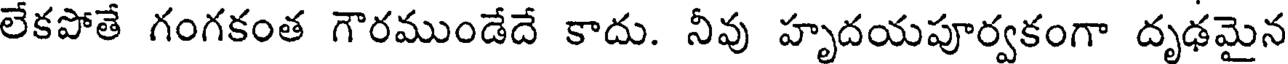
లేకపోతే గంగకంత గౌరముండేదే కాదు. నీవు హృదయపూర్వకంగా దృఢమైన